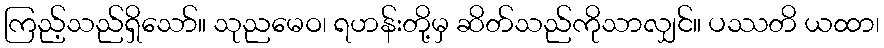
ကြည့်သည်ရှိသော်။ သုညမေဝ၊ ရဟန်းတို့မှ ဆိတ်သည်ကိုသာလျှင်။ ပဿတိ ယထာ၊